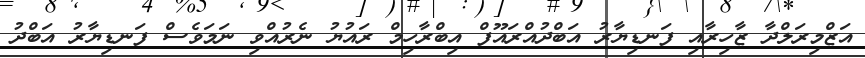
އަޒްމިރަލްދާ ޒާހިރާއި ފަނޑިޔާރު އަބްދުއްރައޫފް އިބްރާހިމް ރައުޔު ނެރުއްވި ނަމަވެސް ފަނޑިޔާރު އަބްދު